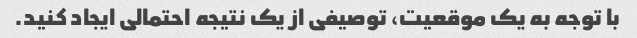
با توجه به یک موقعیت، توصیفی از یک نتیجه احتمالی ایجاد کنید.